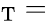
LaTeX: _{\textrm{T}}=